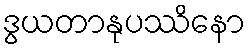
ဒွယတာနုပဿိနော